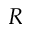
R